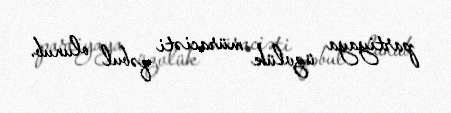
partiyaya üzvlük müraciəti qəbul olunub.